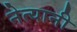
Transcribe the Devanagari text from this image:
नेत्यानी